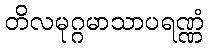
တိလမုဂ္ဂမာသာပရဏ္ဏံ